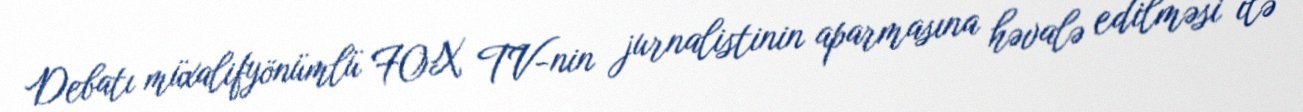
Debatı müxalifyönümlü FOX TV-nin jurnalistinin aparmasına həvalə edilməsi ilə